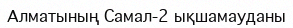
Алматының Cамал-2 ықшамауданы